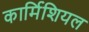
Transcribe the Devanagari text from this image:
कार्मिशियल